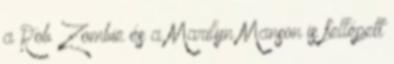
a Rob Zombie és a Marilyn Manson is fellépett